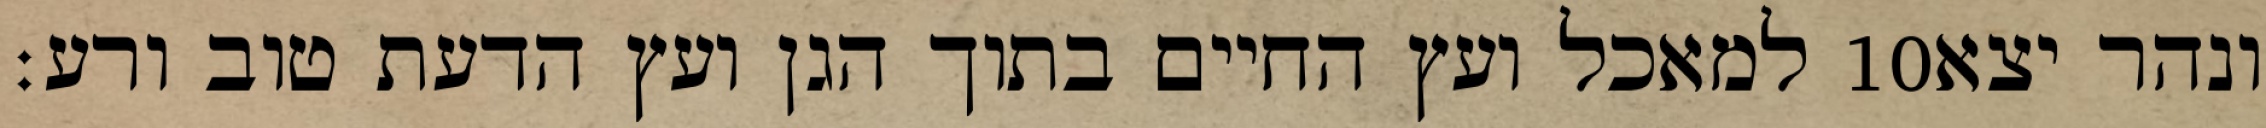
למאכל ועץ החיים בתוך הגן ועץ הדעת טוב ורע׃ ‎10‏ ונהר יצא